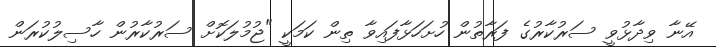
އޭނާ ވިދާޅުވީ ސަރުކާރުގެ ފަރާތުން ހުށަހަޅާފައިވާ ތިން ކަމަކީ "ޖުމުލަކޮށް ސަރުކާރުން ހާސިލުކުރަން